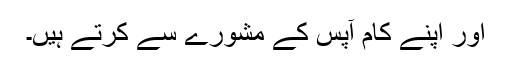
اور اپنے کام آپس کے مشورے سے کرتے ہیں۔